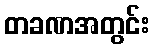
တခဏအတွင်း